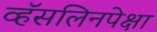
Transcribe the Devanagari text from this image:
व्हॅसलिनपेक्षा